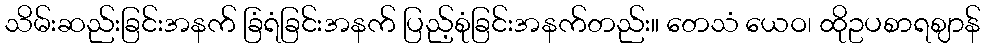
သိမ်းဆည်းခြင်းအနက် ခြံရံခြင်းအနက် ပြည့်စုံခြင်းအနက်တည်း။ တေသံ ယေဝ၊ ထိုဥပစာရဈာန်